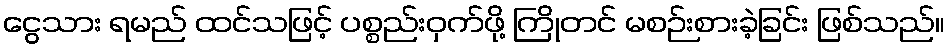
ငွေသား ရမည် ထင်သဖြင့် ပစ္စည်းဝှက်ဖို့ ကြိုတင် မစဉ်းစားခဲ့ခြင်း ဖြစ်သည်။